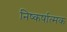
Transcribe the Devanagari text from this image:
निष्कर्षात्मक